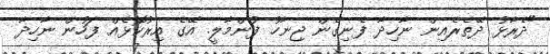
"ދެރާޅު ދޭތެރެއިން ނާހިދާ ފެނިގެން ޖިނާހު ފުންމާލީ. އޭގެ އިރުކޮޅެއް ފަހުން ނާހިދާ